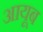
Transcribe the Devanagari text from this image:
आयूब